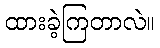
ထားခဲ့ကြတာလဲ။